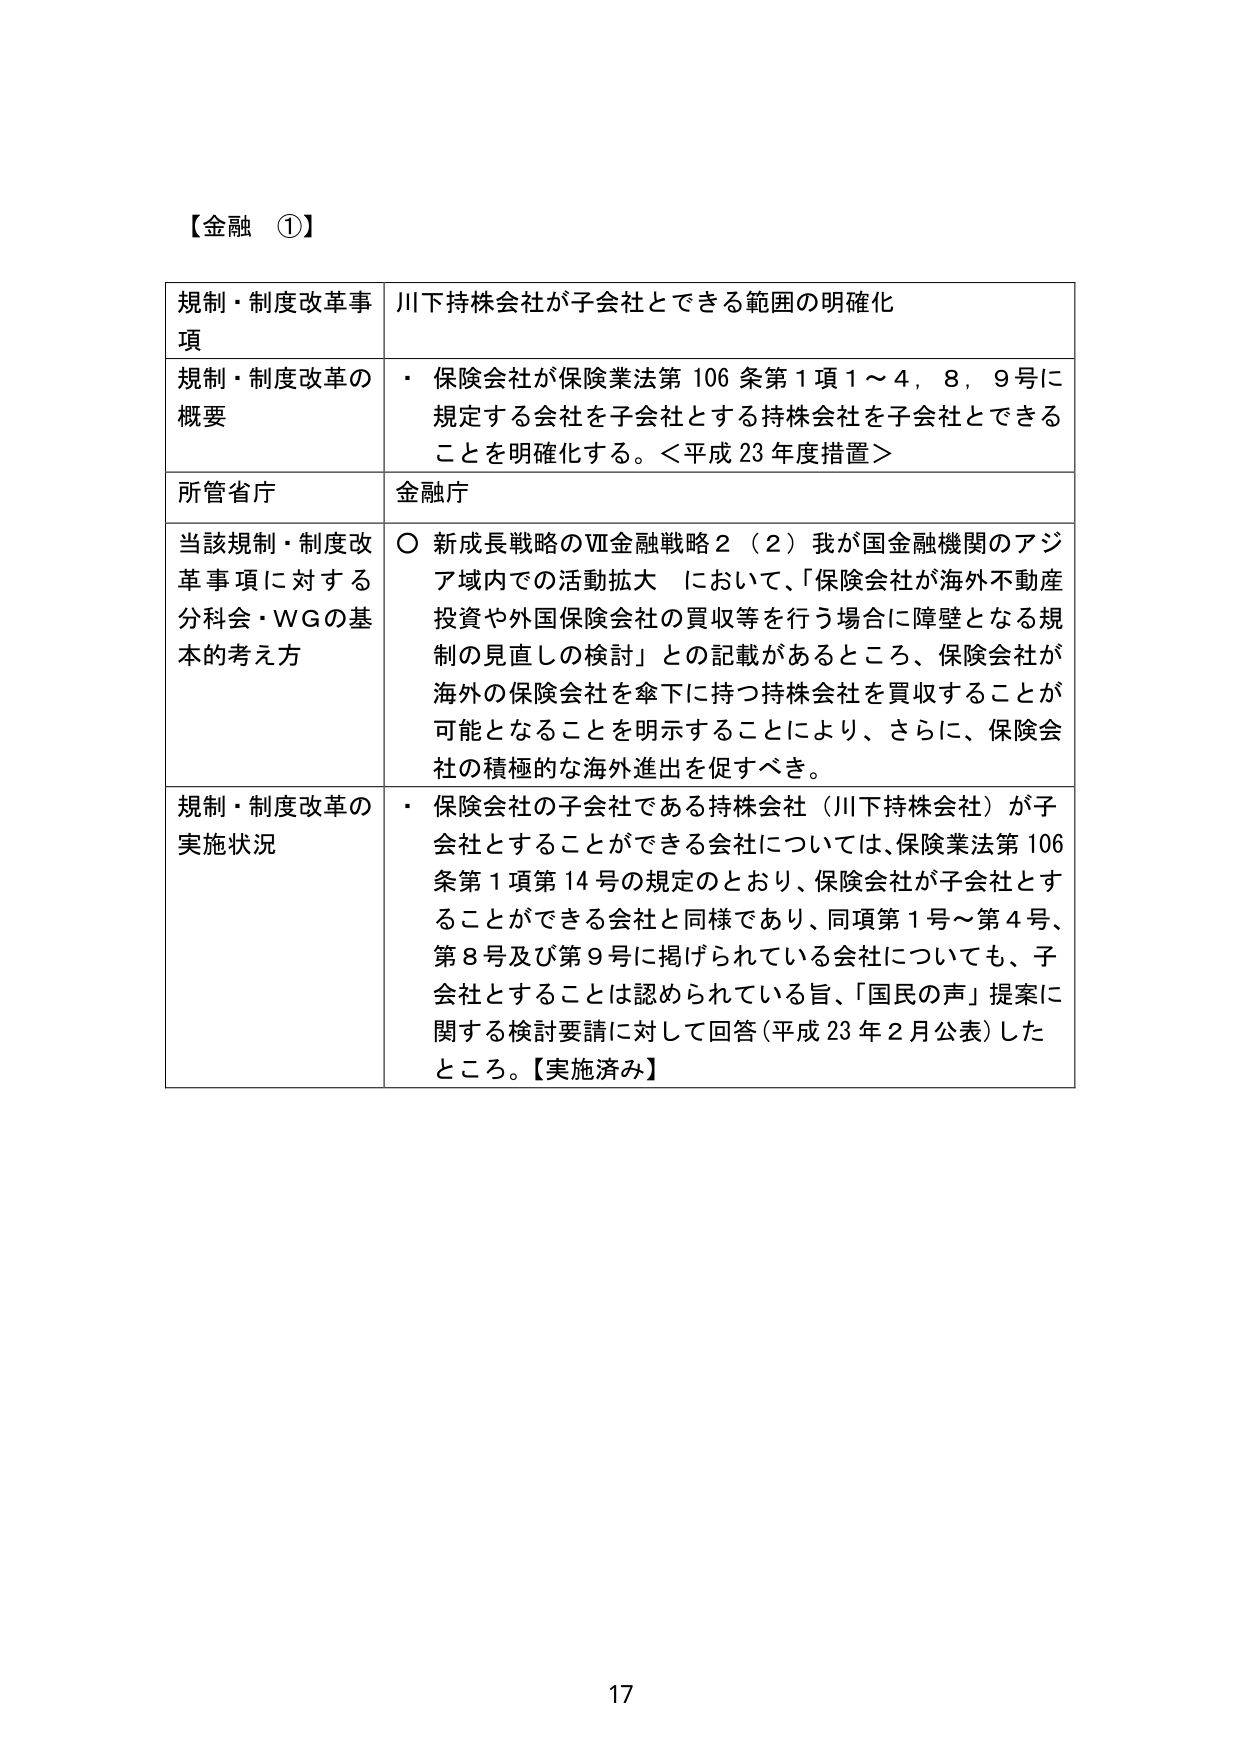
【金融 ①】

規制・制度改革事項　川下持株会社が子会社とできる範囲の明確化

規制・制度改革の概要　・ 保険会社が保険業法第106条第1項1～4，8，9号に規定する会社を子会社とする持株会社を子会社とできることを明確化する。＜平成23年度措置＞

所管省庁　金融庁

当該規制・制度改革事項に対する分科会・WGの基本的考え方　○ 新成長戦略のⅦ金融戦略2（2）我が国金融機関のアジア域内での活動拡大 において、「保険会社が海外不動産投資や外国保険会社の買収等を行う場合に障壁となる規制の見直しの検討」との記載があるところ、保険会社が海外の保険会社を傘下に持つ持株会社を買収することが可能となることを明示することにより、さらに、保険会社の積極的な海外進出を促すべき。

規制・制度改革の実施状況　・ 保険会社の子会社である持株会社（川下持株会社）が子会社とすることができる会社については、保険業法第106条第1項第14号の規定のとおり、保険会社が子会社とすることができる会社と同様であり、同項第1号～第4号、第8号及び第9号に掲げられている会社についても、子会社とすることは認められている旨、「国民の声」提案に関する検討要請に対して回答（平成23年2月公表）したところ。【実施済み】

17